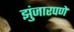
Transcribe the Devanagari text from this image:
झुंजारपणे